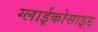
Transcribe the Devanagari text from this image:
ग्लाईकोसाइड